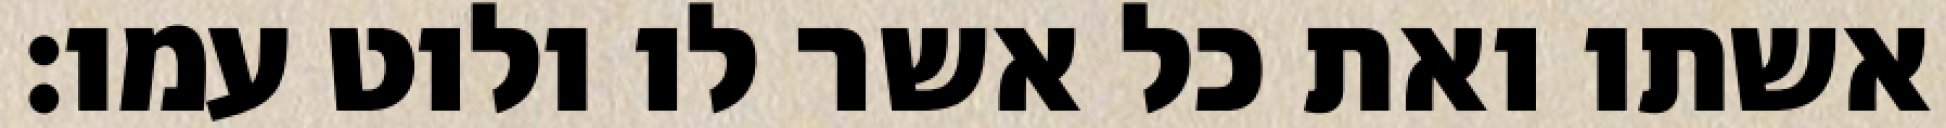
אשתו ואת כל אשר לו ולוט עמו׃